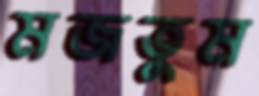
মজতুম